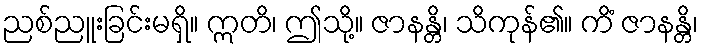
ညစ်ညူးခြင်းမရှိ။ ဣတိ၊ ဤသို့။ ဇာနန္တိ၊ သိကုန်၏။ ကိံ ဇာနန္တိ၊